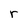
Character: r